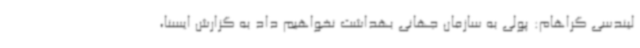
لیندسی گراهام: پولی به سازمان جهانی بهداشت نخواهیم داد به گزارش ایسنا،